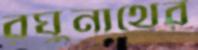
রঘুনাথের